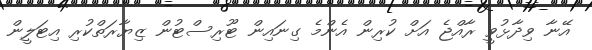
އޭނާ ވިދާޅުވީ ރާއްޖެ އަށް ކުރިން އެންމެ ގިނައިން ޓޫރިސްޓުން ޒިޔާރަތްކުރި އިޓަލީން